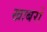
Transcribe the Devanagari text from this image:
खाबरों